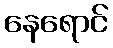
နေရောင်